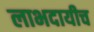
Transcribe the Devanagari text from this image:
लाभदायीच